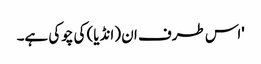
'اس طرف ان (انڈیا) کی چوکی ہے۔